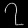
Digit: ၇